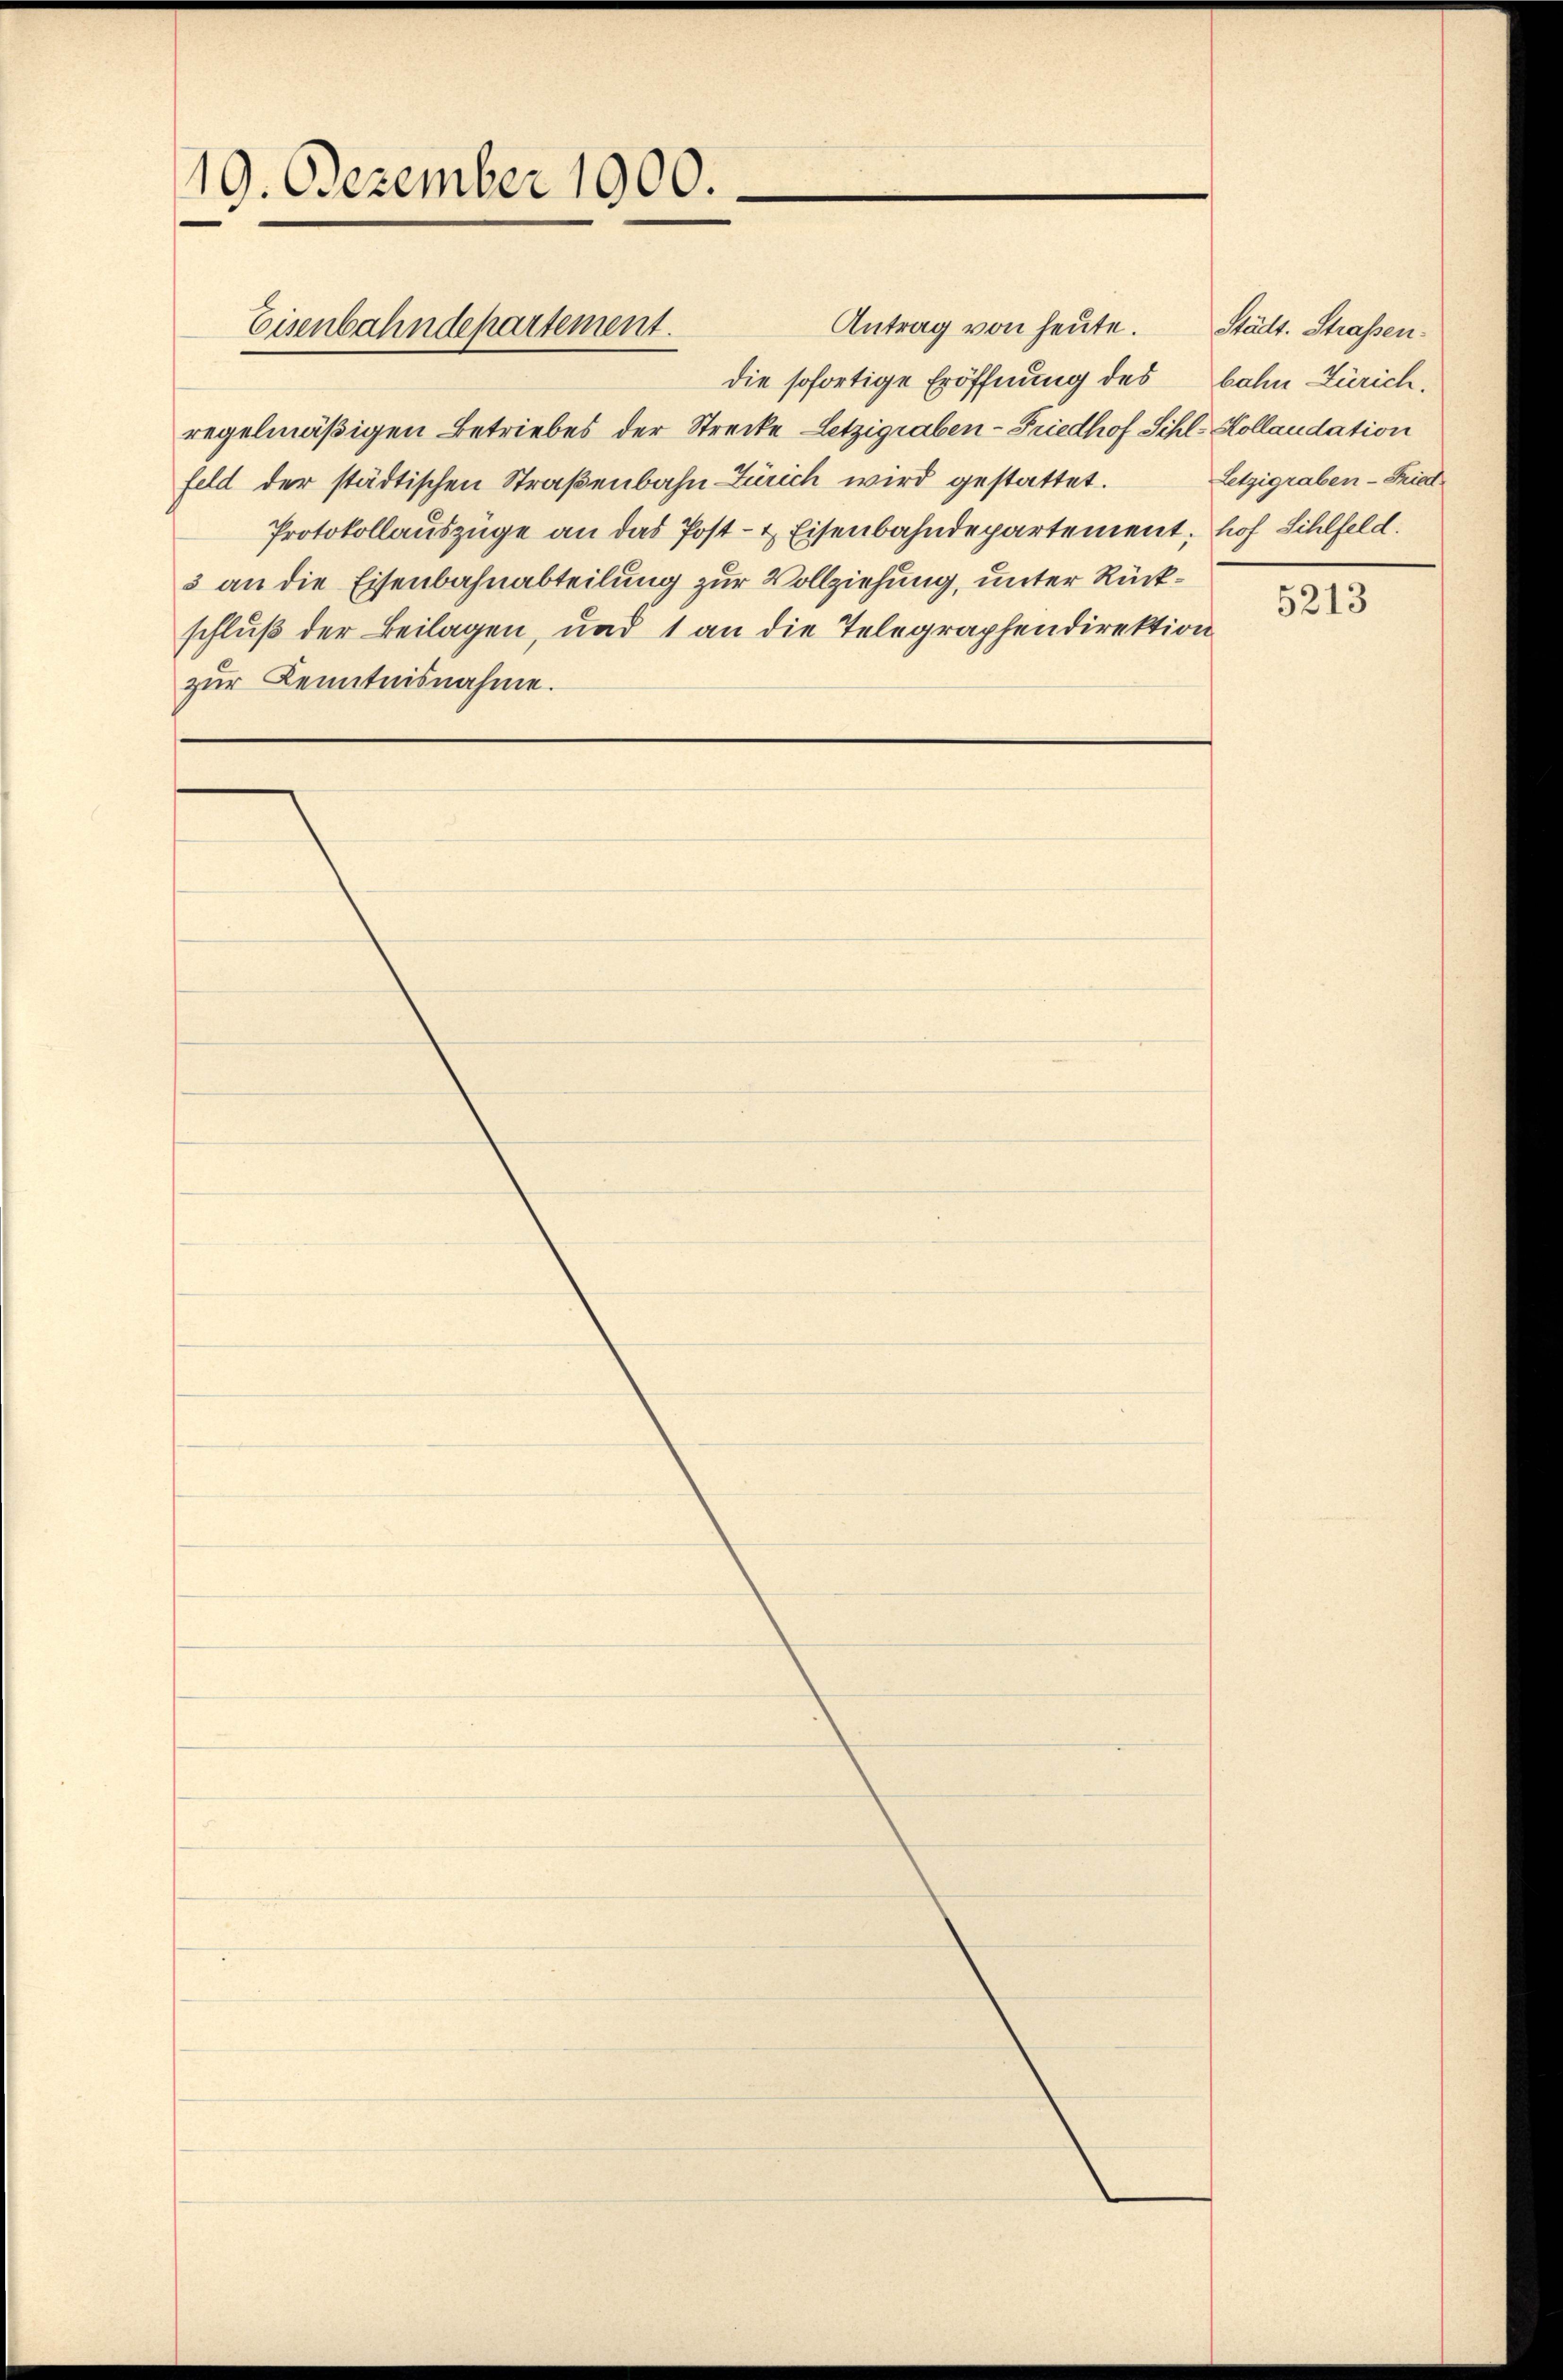
19. Dezember 1900.

Antrag von heute. Städt. Straßendie sofortige Eröffnung des bahn Zürich,
regelmäßigen Betriebes der Strecke Letzigraben-Friedhof Sihl. Kollaudation
feld der städtischen Straßenbahn-Zürich wird gestattet.
Protokollauszüge an das Post- & Eisenbahndepartement, hof Sihlfeld.
3 an die Eisenbahnabteilung zur Vollziehung, unter Rückschluß der Beilagen, und 1 an die Telegraphendirektion
zŭr Kenntnisnahme.

Eisenbahndepartement.

Letzigraben-Fried

5213